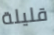
قليلة